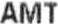
AMT